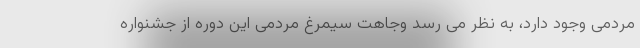
مردمی وجود دارد، به نظر می رسد وجاهت سیمرغ مردمی این دوره از جشنواره